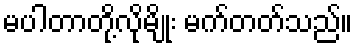
မပါတာတို့လိုမျိုး မက်တတ်သည်။